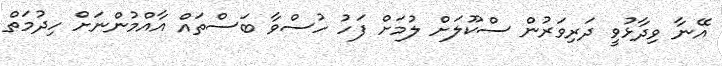
އޭނާ ވިދާޅުވީ ދަރިވަރުން ސްކޫލަށް ލުމަށް ފަހު ހުސްވާ ބަސްތައް އާއްމުންނަށް ހިދުމަތް